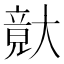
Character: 𡙴